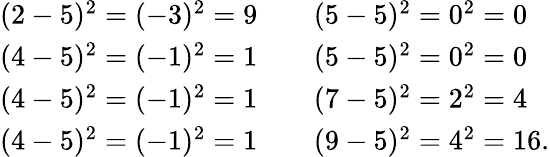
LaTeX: \begin{array}{lll}{(2-5)^{2}=(-3)^{2}=9}&{}&{(5-5)^{2}=0^{2}=0}\\ {(4-5)^{2}=(-1)^{2}=1}&{}&{(5-5)^{2}=0^{2}=0}\\ {(4-5)^{2}=(-1)^{2}=1}&{}&{(7-5)^{2}=2^{2}=4}\\ {(4-5)^{2}=(-1)^{2}=1}&{}&{(9-5)^{2}=4^{2}=16.}\end{array}